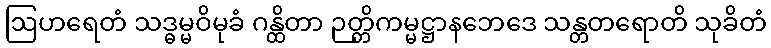
ဩဟရေတံ သဒ္ဓမ္မဝိမုခံ ဂန္ထိတာ ဉတ္တိကမ္မဋ္ဌာနဘေဒေ သန္တတရောတိ သုခိတံ